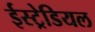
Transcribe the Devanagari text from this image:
ईस्ट्रेडियल